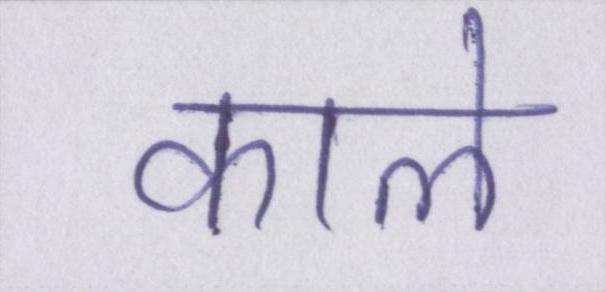
काले